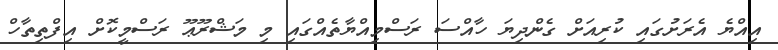
އިއްޔެ އެރަށުގައި ކުރިއަށް ގެންދިޔަ ހާއްސަ ރަސްމިއްޔާތެއްގައި މި މަޝްރޫޢޫ ރަސްމީކޮށް އިފްތިތާހް